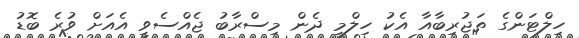
ހިލްޓަންގެ ތަޖުރިބާއާ އެކު ހިލްމީ ދެން މިސްރާބު ޖެއްސެވީ އެއަށް ވުރެ ބޮޑު